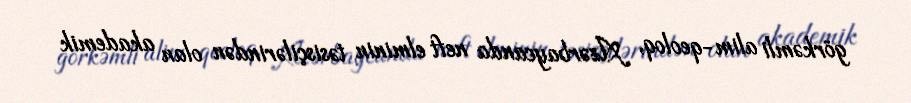
görkəmli alim-qeoloq, Azərbaycanda neft elminin təsisçilərindən olan akademik